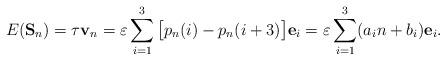
LaTeX: \begin{align*}E(\mathbf{S}_n)=\tau\mathbf{v}_n=\varepsilon\sum\limits_{i=1}^3\big[p_n(i) -p_n(i+3)\big]\mathbf{e}_i=\varepsilon\sum\limits_{i=1}^3(a_in+b_i)\mathbf{e}_i.\end{align*}